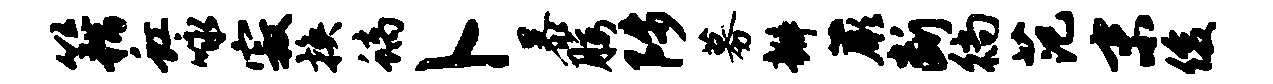
籍虹咏寂换螭卜暴腰陟募瓣蕨断徜范末俊